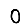
Digit: 0